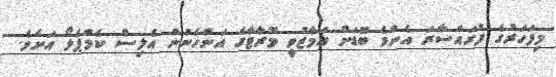
މިފަހަރުގެ ފުރައްސާރަ އެންމެ ބޮޑަށް އަމާޒުވީ މޮރާޓާގެ އަންހެނުން އެލިސް ކެމްޕެލޯ އަށެވެ.